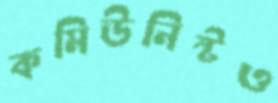
কমিউনিস্টও